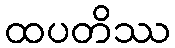
ထပတိဿ